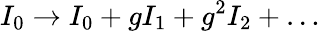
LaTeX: I_{0}\rightarrow I_{0}+gI_{1}+g^{2}I_{2}+\dots